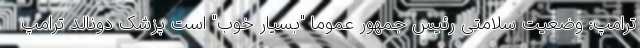
ترامپ: وضعیت سلامتی رئیس جمهور عموما "بسیار خوب" است پزشک دونالد ترامپ